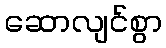
ဆောလျင်စွာ